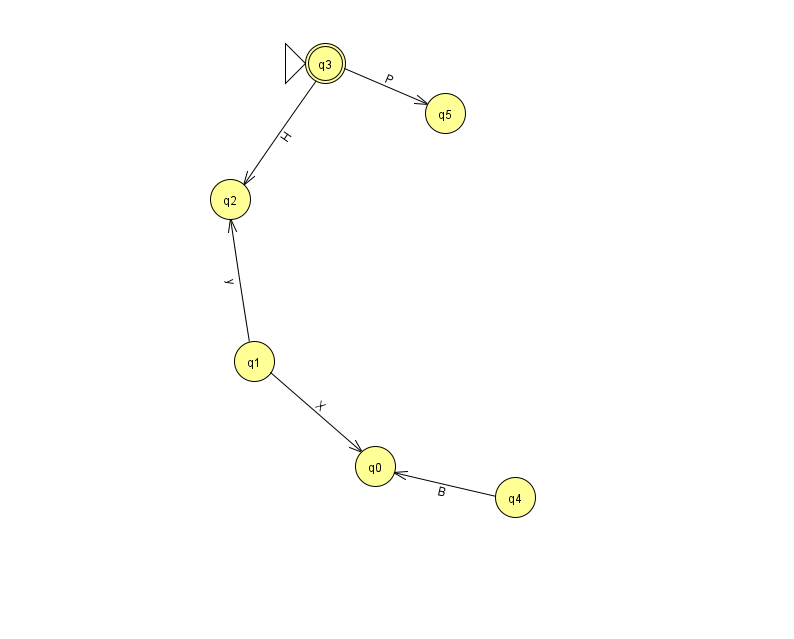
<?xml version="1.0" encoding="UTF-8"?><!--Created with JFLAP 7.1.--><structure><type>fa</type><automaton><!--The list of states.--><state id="0" name="q0"><x>375.0</x><y>453.0</y></state><state id="1" name="q1"><x>254.0</x><y>348.0</y></state><state id="2" name="q2"><x>230.0</x><y>186.0</y></state><state id="3" name="q3"><x>325.0</x><y>50.0</y><initial/><final/></state><state id="4" name="q4"><x>515.0</x><y>484.0</y></state><state id="5" name="q5"><x>445.0</x><y>100.0</y></state><!--The list of transitions.--><transition><from>1</from><to>0</to><read>X</read></transition><transition><from>1</from><to>2</to><read>y</read></transition><transition><from>3</from><to>5</to><read>P</read></transition><transition><from>3</from><to>2</to><read>H</read></transition><transition><from>4</from><to>0</to><read>B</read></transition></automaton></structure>